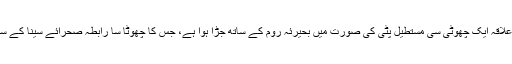
غزہ کا علاقہ ایک چھوٹی سی مستطیل پٹی کی صورت میں بحیرئہ روم کے ساتھ جڑا ہوا ہے، جس کا چھوٹا سا رابطہ صحرائے سینا کے ساتھ ہے۔